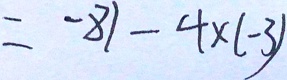
= - 8 1 - 4 \times ( - 3 )